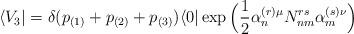
LaTeX: \begin{align*}\langle V_{3}\vert=\delta(p_{(1)}+p_{(2)}+p_{(3)})\langle 0\vert \exp\Big(\frac{1}{2}\alpha^{(r)\mu}_{n}N^{rs}_{nm}\alpha^{(s)\nu}_{m}\Big)\end{align*}